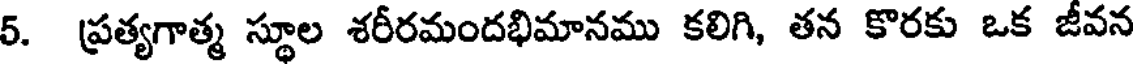
5. ప్రత్యగాత్మ స్థూల శరీరమందభిమానము కలిగి, తన కొరకు ఒక జీవన